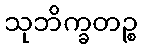
သုဘိက္ခတဉ္စ